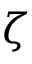
\zeta